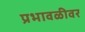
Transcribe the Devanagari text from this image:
प्रभावळीवर